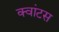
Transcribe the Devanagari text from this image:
क्वांटस